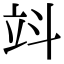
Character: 䇆